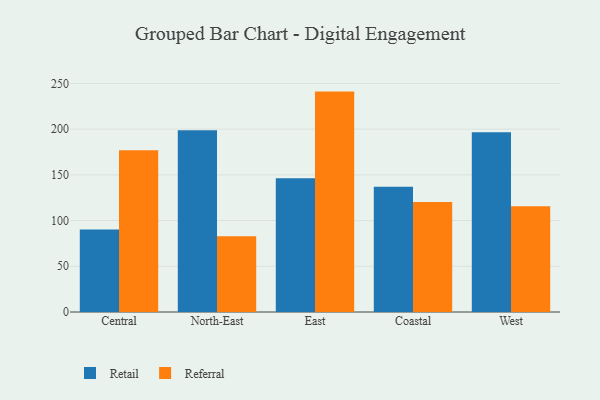
{"axis": {"x": "Region", "y": "Net Income (USD K)"}, "legend": ["Referral", "Retail"], "data": [{"x": "Central", "y": 90.3, "type": "Retail"}, {"x": "Central", "y": 176.9, "type": "Referral"}, {"x": "North-East", "y": 198.8, "type": "Retail"}, {"x": "North-East", "y": 82.8, "type": "Referral"}, {"x": "East", "y": 146.3, "type": "Retail"}, {"x": "East", "y": 241.1, "type": "Referral"}, {"x": "Coastal", "y": 137.1, "type": "Retail"}, {"x": "Coastal", "y": 120.3, "type": "Referral"}, {"x": "West", "y": 196.7, "type": "Retail"}, {"x": "West", "y": 115.6, "type": "Referral"}]}